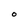
Character: O